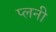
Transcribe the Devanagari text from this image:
प्लनी